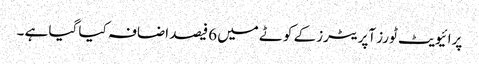
پرائیویٹ ٹورز آپریٹرز کے کوٹے میں 6فیصد اضافہ کیا گیا ہے ۔